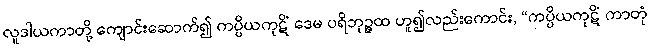
လူဒါယကာတို့ ကျောင်းဆောက်၍ ကပ္ပိယကုဋိံ ဒေမ ပရိဘုဉ္ဇထ ဟူ၍လည်းကောင်း, “ကပ္ပိယကုဋိံ ကာတုံ